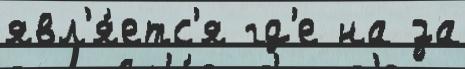
явл'я́етс'я гд'е на за